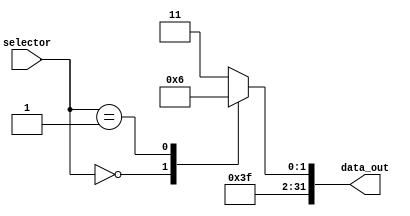
module mux_3to1 (
  input         [1:0]   selector,
  output reg    [31:0]  data_out
);

    always @(*) begin
        case (selector)
            1'b0: data_out = 32'b000000000000000011111101;
            1'b1: data_out = 32'b000000000000000011111110;
            default: data_out = 32'b000000000000000011111111;
        endcase
    end

endmodule